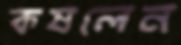
কষলেন